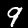
Digit: 9